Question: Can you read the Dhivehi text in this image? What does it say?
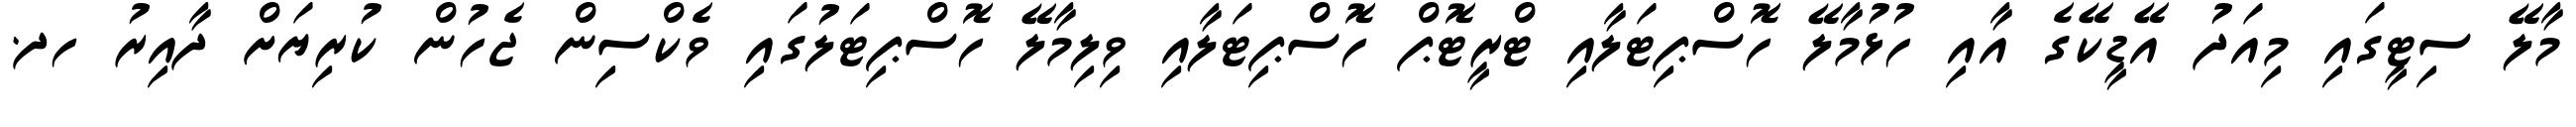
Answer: މާލޭ ސިޓީގައި މިއަދު އޭޑީކޭގެ އާއި ހުޅުމާލޭ ހޮސްޕިޓަލާއި ޓްރީޓޮޕް ހޮސްޕިޓަލާއި ވިލިމާލޭ ހޮސްޕިޓަލުގައި ވެކްސިން ޖެހުން ކުރިޔަށް ދާއިރު ހދ.